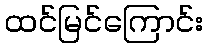
ထင်မြင်ကြောင်း